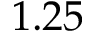
1 . 2 5